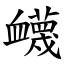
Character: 衊